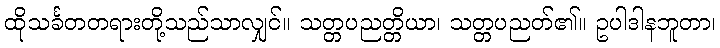
ထိုသင်္ခတတရားတို့သည်သာလျှင်။ သတ္တပညတ္တိယာ၊ သတ္တပညတ်၏။ ဥပါဒါနဘူတာ၊